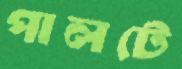
পালটে